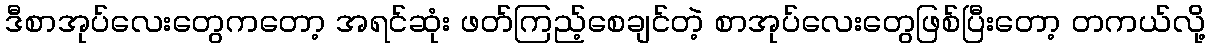
ဒီစာအုပ်လေးတွေကတော့ အရင်ဆုံး ဖတ်ကြည့်စေချင်တဲ့ စာအုပ်လေးတွေဖြစ်ပြီးတော့ တကယ်လို့